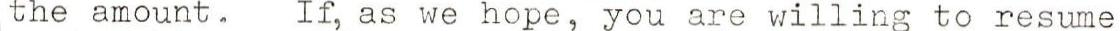
the amount. If, as we hope, you are willing to resume